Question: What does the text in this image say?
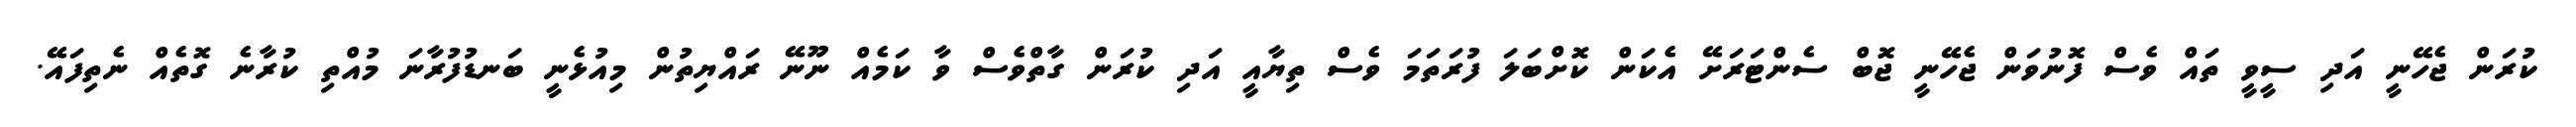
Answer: ކުރަން ޖެހޭނީ އަދި ސީވީ ތައް ވެސް ފޮނުވަން ޖެހޭނީ ޖޮބް ސެންޓަރަށޭ އެކަން ކޮށްބަލަ ފުރަތަމަ ވެސް ތިޔާއީ އަދި ކުރަން ގާތްވެސް ވާ ކަމެއް ނޫނޭ ރައްޔިތުން މިއުޅެނީ ބަނޑުފުރާނަ މުއްތި ކުރާނެ ގޮތެއް ނެތިފައޭ.